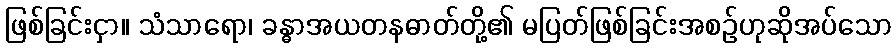
ဖြစ်ခြင်းငှာ။ သံသာရော၊ ခန္ဓာအယတနဓာတ်တို့၏ မပြတ်ဖြစ်ခြင်းအစဉ်ဟုဆိုအပ်သော